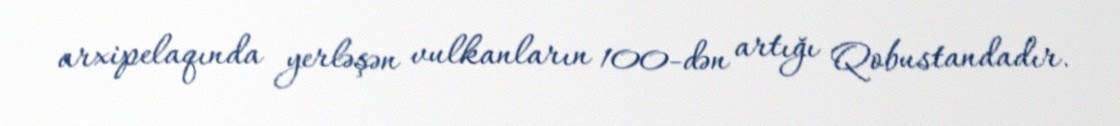
arxipelaqında yerləşən vulkanların 100-dən artığı Qobustandadır.